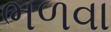
ભળવા